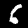
Label: 6